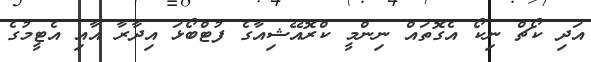
އަދި ކޯޗް ނިކޯ އެގޮތައް ނިންމީ ކްރޮއޭޝިއާގެ ފުޓްބޯޅަ އިދާރާ އާއި އެޓީމުގެ